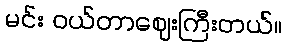
မင်း ဝယ်တာဈေးကြီးတယ်။